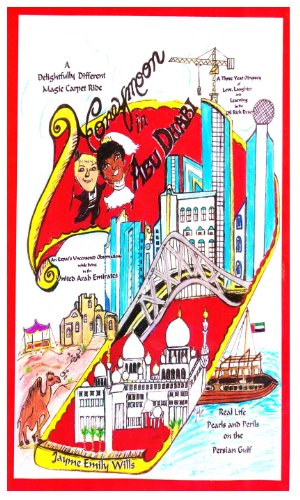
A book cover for Honeymoon in Abu Dhabi (Honeymoon Adventures Book 1); Jayme Wills; Crafts, Hobbies & Home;